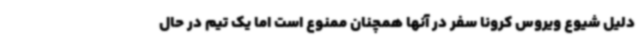
دلیل شیوع ویروس کرونا سفر در آنها همچنان ممنوع است اما یک تیم در حال